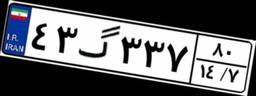
۳۵گ۸۶۵۴۹